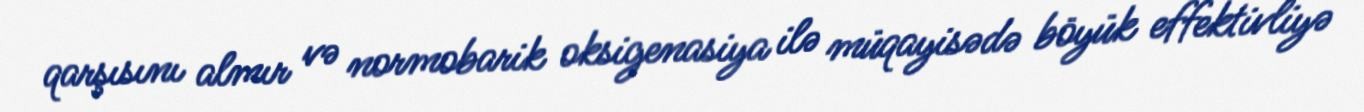
qarşısını almır və normobarik oksigenasiya ilə müqayisədə böyük effektivliyə